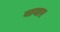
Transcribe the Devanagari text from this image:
बायार